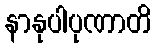
နာနုပါပုဏာတိ